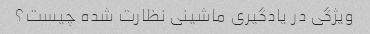
ویژگی در یادگیری ماشینی نظارت شده چیست؟